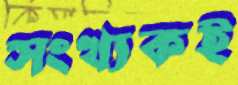
সংখ্যকই